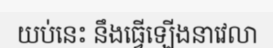
យប់នេះ នឹងធ្វើឡើងនាវេលា